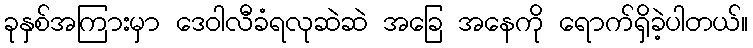
ခုနှစ်အကြားမှာ ဒေဝါလီခံရလုဆဲဆဲ အခြေ အနေကို ရောက်ရှိခဲ့ပါတယ်။